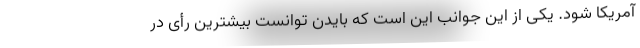
آمریکا شود. یکی از این جوانب این است که بایدن توانست بیشترین رأی در